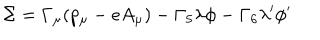
\Sigma = \Gamma _ { \mu } ( p _ { \mu } - e A _ { \mu } ) - \Gamma _ { 5 } \lambda \phi - \Gamma _ { 6 } \lambda ^ { \prime } \phi ^ { \prime }